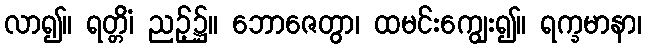
လာ၍။ ရတ္တိံ၊ ညဉ့်၌။ ဘောဇေတွာ၊ ထမင်းကျွေး၍။ ရက္ခမာနာ၊